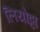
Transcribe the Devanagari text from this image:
लियोट्टा